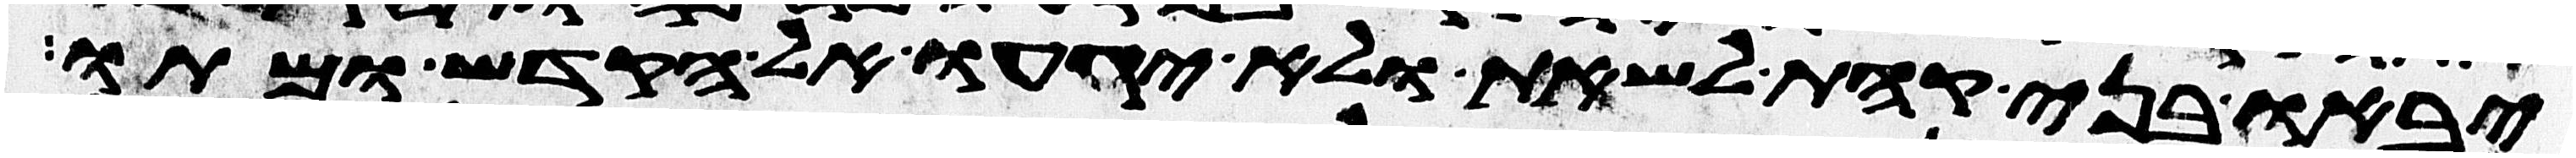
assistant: יבאו בני קהת לשאת ולא יגעו אל הקדש ומתו